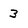
Character: 3